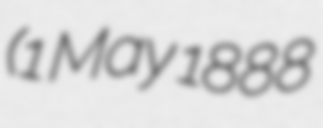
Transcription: (1 May 1888